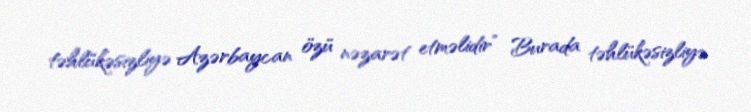
təhlükəsizliyə Azərbaycan özü nəzarət etməlidir” Burada təhlükəsizliyə